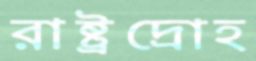
রাষ্ট্রদ্রোহ